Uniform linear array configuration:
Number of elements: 4
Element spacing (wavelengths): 0.75
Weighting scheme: hamming
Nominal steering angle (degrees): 45
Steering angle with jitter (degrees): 46.317
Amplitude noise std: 0.05
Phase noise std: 0.05

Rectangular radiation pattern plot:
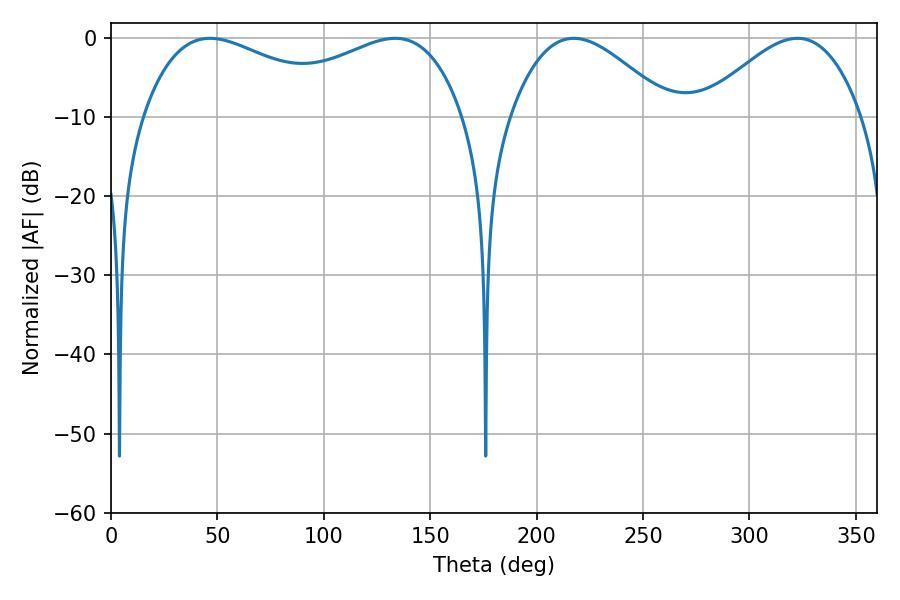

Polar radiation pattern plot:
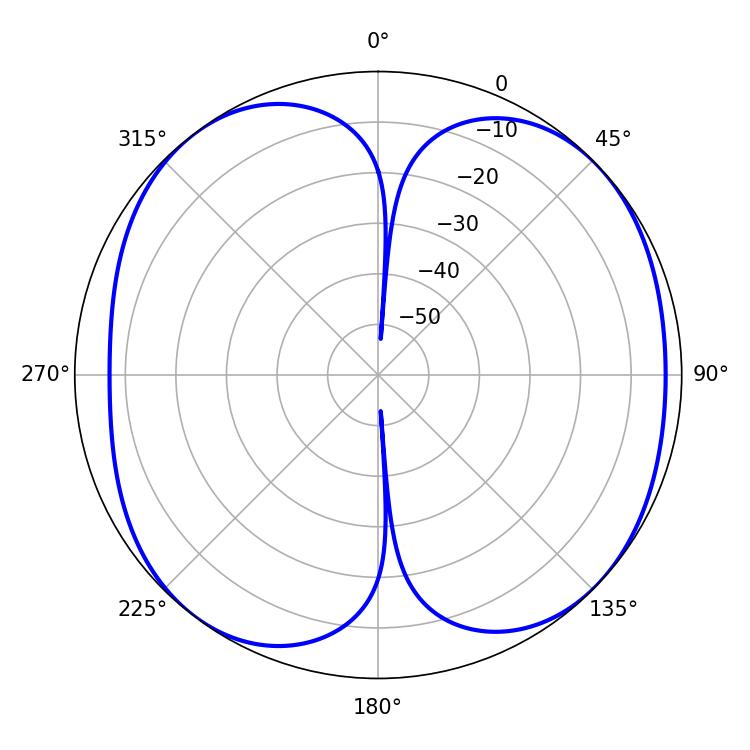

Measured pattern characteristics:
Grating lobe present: TRUE
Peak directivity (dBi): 8.337
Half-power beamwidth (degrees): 40.68
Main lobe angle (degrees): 217.44